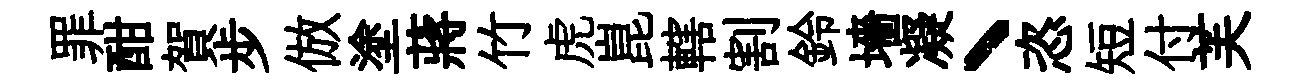
罪酣賀步倣塗蔣竹虎崑轄割鈴墻凝丶恣短付芙